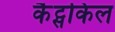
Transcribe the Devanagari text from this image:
कैट्सकिल